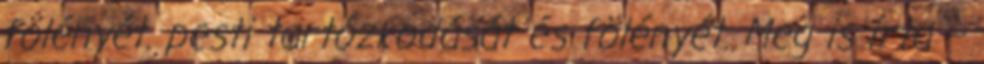
fölényét. pesti tartózkodását és fölényét. Meg is írta –